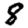
Digit: 8